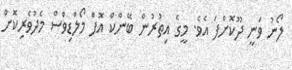
ލޯނު ވަނީ ދޫކޮށްފަ އެެވެ. މީގެ އިތުރުން ބޭންކް އޮފް މޯލްޑިވްސް މެދުވެރިކޮށް